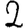
Digit: 2